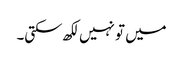
میں تو نہیں لکھ سکتی۔